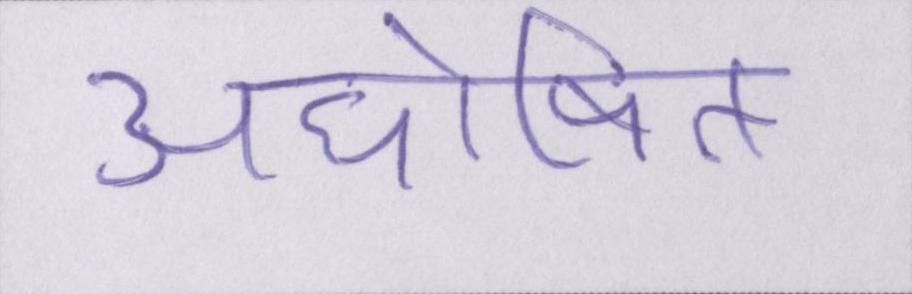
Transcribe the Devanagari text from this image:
अघोषित